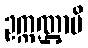
ဥက္ကဏ္ဌာမိ